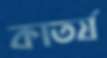
কাতর্য